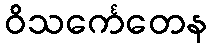
ဝိသင်္ကေတေန